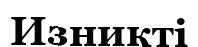
Изникті